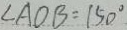
\angle A O B = 1 5 0 ^ { \circ }